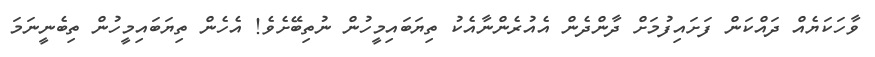
ވާހަކަޔެއް ދައްކަން ފަށައިފުމަށް ދާންދެން އެއުރެންނާއެކު ތިޔަބައިމީހުން ނުތިބޭށެވެ! އެހެން ތިޔަބައިމީހުން ތިބެނީނަމަ